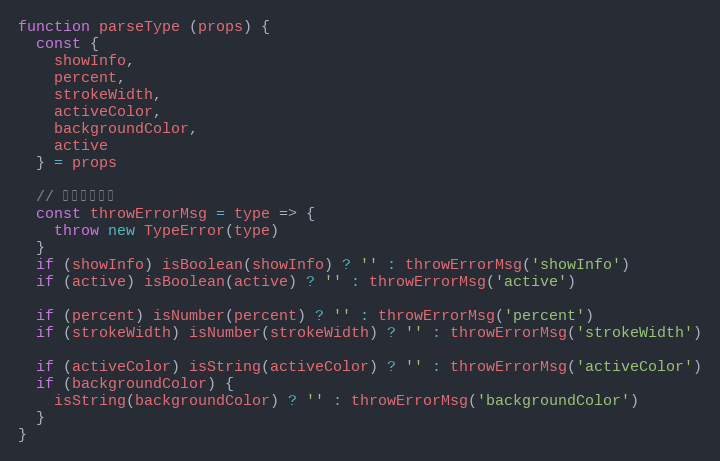
Language: JavaScript
function parseType (props) {
  const {
    showInfo,
    percent,
    strokeWidth,
    activeColor,
    backgroundColor,
    active
  } = props

  // 抛出错误信息
  const throwErrorMsg = type => {
    throw new TypeError(type)
  }
  if (showInfo) isBoolean(showInfo) ? '' : throwErrorMsg('showInfo')
  if (active) isBoolean(active) ? '' : throwErrorMsg('active')

  if (percent) isNumber(percent) ? '' : throwErrorMsg('percent')
  if (strokeWidth) isNumber(strokeWidth) ? '' : throwErrorMsg('strokeWidth')

  if (activeColor) isString(activeColor) ? '' : throwErrorMsg('activeColor')
  if (backgroundColor) {
    isString(backgroundColor) ? '' : throwErrorMsg('backgroundColor')
  }
}